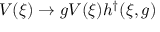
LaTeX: { \cal V } ( \xi ) \rightarrow g { \cal V } ( \xi ) h ^ { \dagger } ( \xi , g ) \,